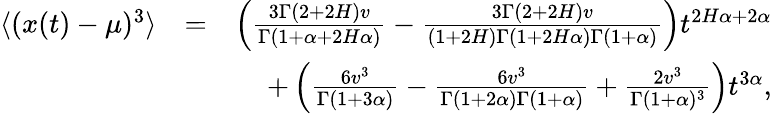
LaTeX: \begin{array}{rlr}{\langle(x(t)-\mu)^{3}\rangle}&{=}&{\left(\frac{3\Gamma(2+2H)v}{\Gamma(1+\alpha+2H\alpha)}-\frac{3\Gamma(2+2H)v}{(1+2H)\Gamma(1+2H\alpha)\Gamma(1+\alpha)}\right)t^{2H\alpha+2\alpha}}\\ &{}&{+\left(\frac{6v^{3}}{\Gamma(1+3\alpha)}-\frac{6v^{3}}{\Gamma(1+2\alpha)\Gamma(1+\alpha)}+\frac{2v^{3}}{\Gamma(1+\alpha)^{3}}\right)t^{3\alpha},}\end{array}